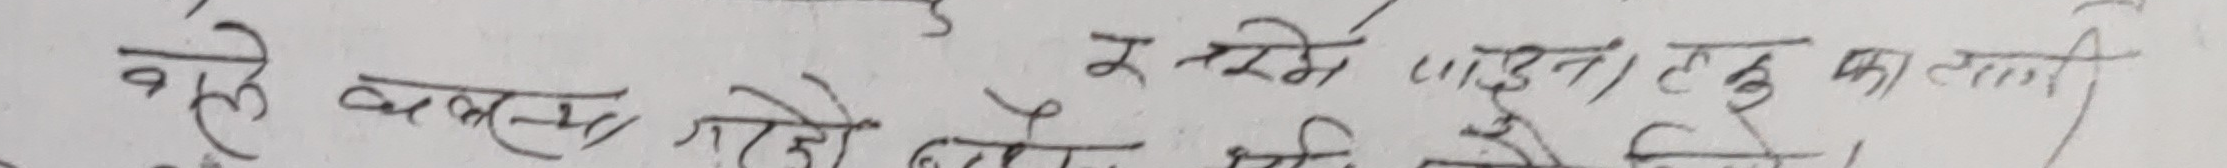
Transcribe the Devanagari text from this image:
वही व्यवस्था जो को सिधै ले छु का लाने